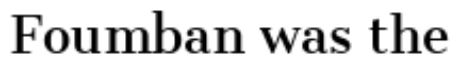
Foumban was the